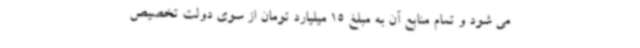
می شود و تمام منابع آن به مبلغ 15 میلیارد تومان از سوی دولت تخصیص